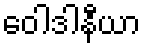
ဝေါဒါနီယာ